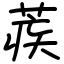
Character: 蒺